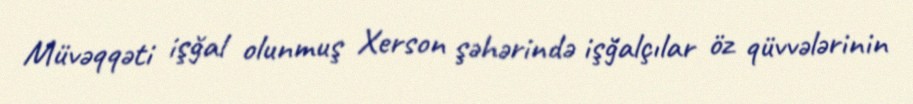
Müvəqqəti işğal olunmuş Xerson şəhərində işğalçılar öz qüvvələrinin